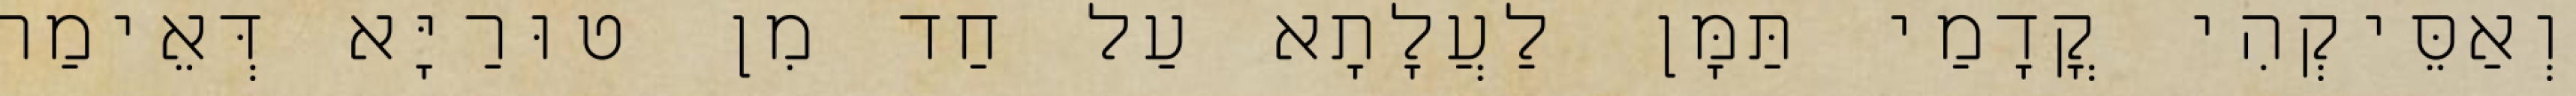
וְאַסֵּיקְהִי קֳדָמַי תַּמָּן לַעֲלָתָא עַל חַד מִן טוּרַיָּא דְּאֵימַר